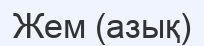
Жем (азық)